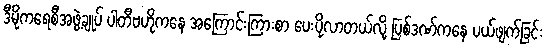
ဒီမိုကရေစီအဖွဲ့ချုပ် ပါတီဗဟိုကနေ အကြောင်းကြားစာ ပေးပို့လာတယ်လို့ ပြစ်ဒဏ်ကနေ ပယ်ဖျက်ခြင်း